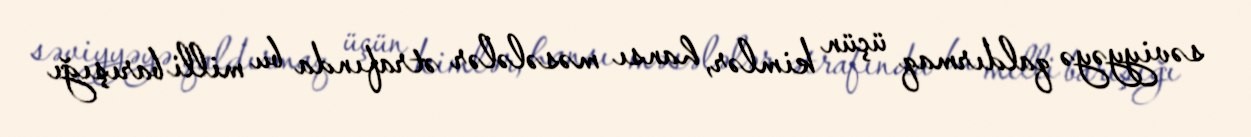
səviyyəyə qaldırmaq üçün kimlər, hansı məsələlər ətrafında bu milli barışığı